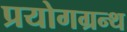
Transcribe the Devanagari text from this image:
प्रयोगग्रन्थ